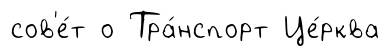
сов'е́т о Тра́нспорт Це́рква